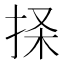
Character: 𰓨